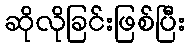
ဆိုလိုခြင်းဖြစ်ပြီး